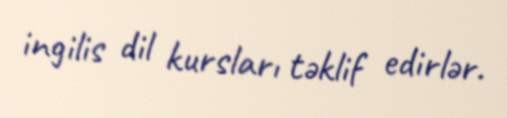
ingilis dil kursları təklif edirlər.